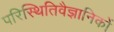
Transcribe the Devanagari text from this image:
परिस्थितिवैज्ञानिकों